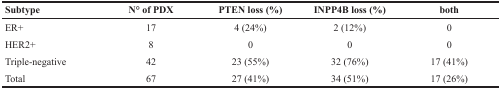
| Subtype | N° of PDX | PTEN loss (%) | INPP4B loss (%) | both |
 | --- | --- | --- | --- | --- |
 | ER+ | 17 | 4 (24%) | 2 (12%) | 0 |
 | HER2+ | 8 | 0 | 0 | 0 |
 | Triple-negative | 42 | 23 (55%) | 32 (76%) | 17 (41%) |
 | Total | 67 | 27 (41%) | 34 (51%) | 17 (26%) |